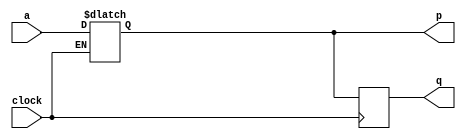
module top_module (
    input clock,
    input a,
    output p,
    output reg q);
    
    always @(*) p <= (clock)?a:p;
    
    always @(negedge clock) q <= p;
    
endmodule